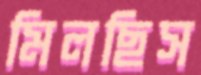
মিলছিস